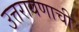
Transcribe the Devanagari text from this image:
उत्तरायणाची